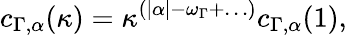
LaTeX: c_{\Gamma,\alpha}(\kappa)=\kappa^{(|\alpha|-\omega_{\Gamma}+\ldots)}c_{\Gamma,\alpha}(1),